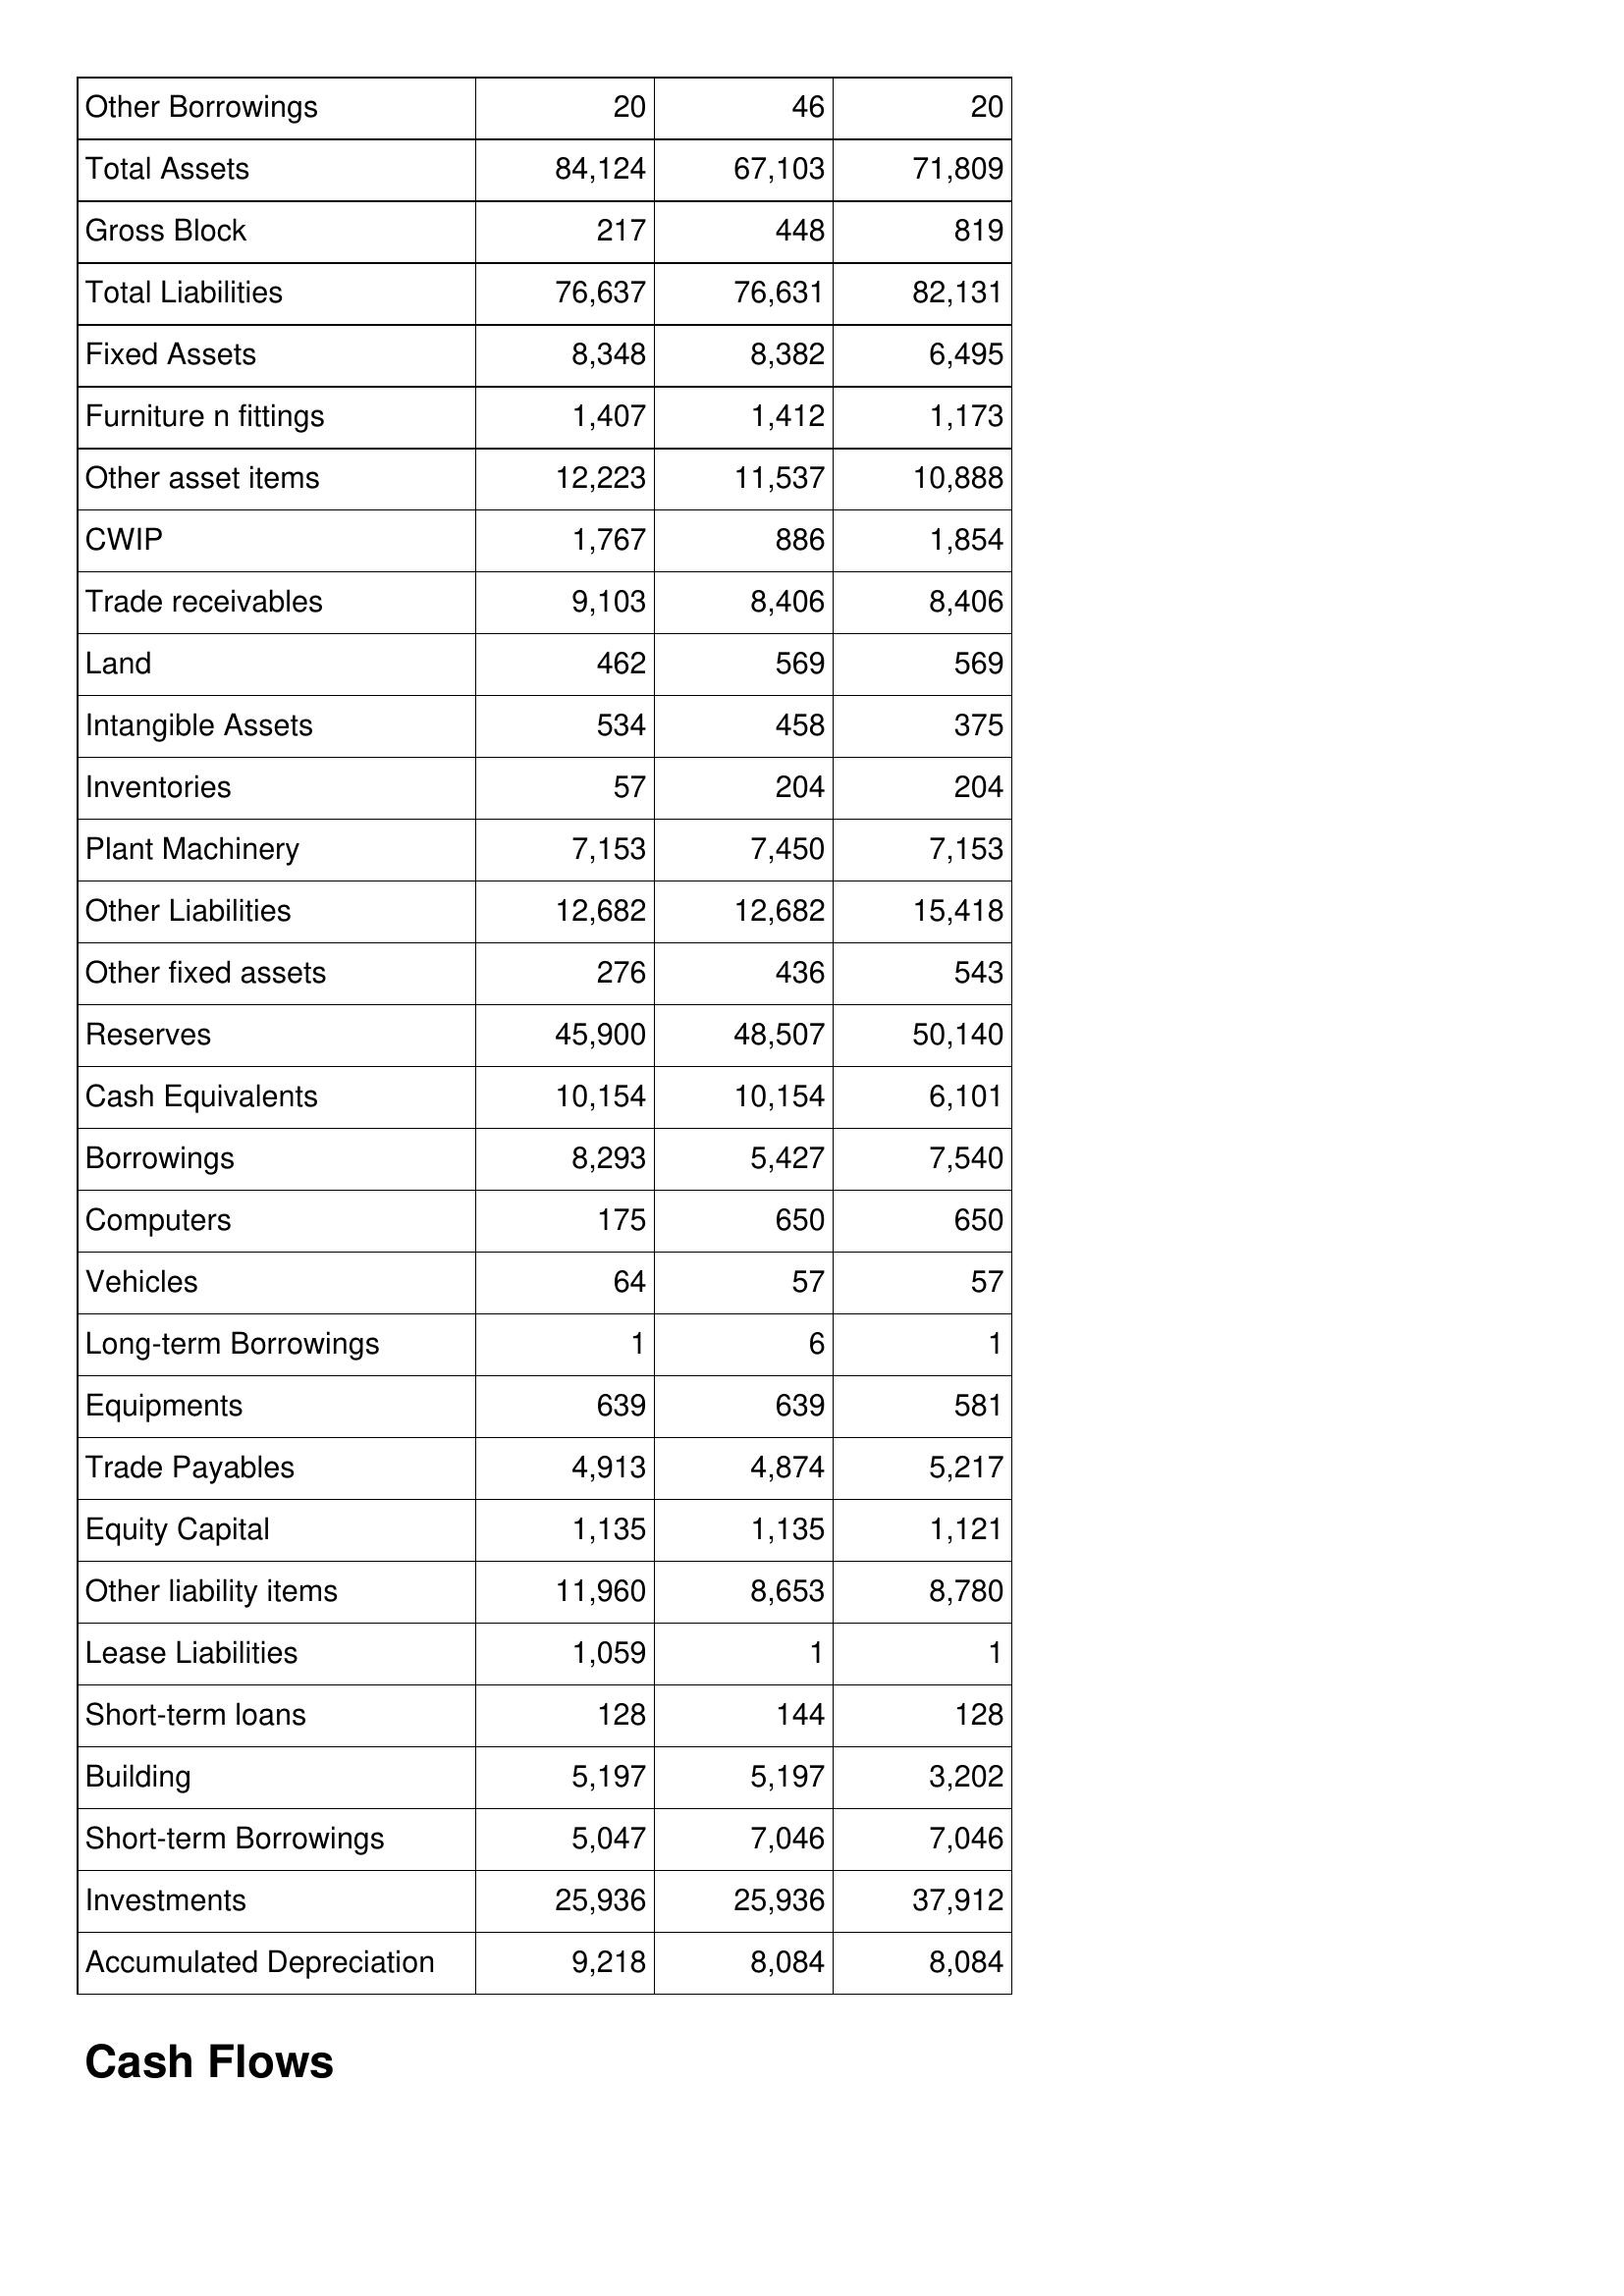
Aug-13: Balance Sheet: Other Borrowings: 20
Total Assets: 84,124
Gross Block: 217
Total Liabilities: 76,637
Fixed Assets: 8,348
Furniture n fittings: 1,407
Other asset items: 12,223
CWIP: 1,767
Trade receivables: 9,103
Land: 462
Intangible Assets: 534
Inventories: 57
Plant Machinery: 7,153
Other Liabilities: 12,682
Other fixed assets: 276
Reserves: 45,900
Cash Equivalents: 10,154
Borrowings: 8,293
Computers: 175
Vehicles: 64
Long-term Borrowings: 1
Equipments: 639
Trade Payables: 4,913
Equity Capital: 1,135
Other liability items: 11,960
Lease Liabilities: 1,059
Short-term loans: 128
Building: 5,197
Short-term Borrowings: 5,047
Investments: 25,936
Accumulated Depreciation: 9,218
Aug-14: Balance Sheet: Other Borrowings: 46
Total Assets: 67,103
Gross Block: 448
Total Liabilities: 76,631
Fixed Assets: 8,382
Furniture n fittings: 1,412
Other asset items: 11,537
CWIP: 886
Trade receivables: 8,406
Land: 569
Intangible Assets: 458
Inventories: 204
Plant Machinery: 7,450
Other Liabilities: 12,682
Other fixed assets: 436
Reserves: 48,507
Cash Equivalents: 10,154
Borrowings: 5,427
Computers: 650
Vehicles: 57
Long-term Borrowings: 6
Equipments: 639
Trade Payables: 4,874
Equity Capital: 1,135
Other liability items: 8,653
Lease Liabilities: 1
Short-term loans: 144
Building: 5,197
Short-term Borrowings: 7,046
Investments: 25,936
Accumulated Depreciation: 8,084
Aug-15: Balance Sheet: Other Borrowings: 20
Total Assets: 71,809
Gross Block: 819
Total Liabilities: 82,131
Fixed Assets: 6,495
Furniture n fittings: 1,173
Other asset items: 10,888
CWIP: 1,854
Trade receivables: 8,406
Land: 569
Intangible Assets: 375
Inventories: 204
Plant Machinery: 7,153
Other Liabilities: 15,418
Other fixed assets: 543
Reserves: 50,140
Cash Equivalents: 6,101
Borrowings: 7,540
Computers: 650
Vehicles: 57
Long-term Borrowings: 1
Equipments: 581
Trade Payables: 5,217
Equity Capital: 1,121
Other liability items: 8,780
Lease Liabilities: 1
Short-term loans: 128
Building: 3,202
Short-term Borrowings: 7,046
Investments: 37,912
Accumulated Depreciation: 8,084